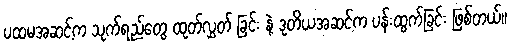
ပထမအဆင့်က သုက်ရည်တွေ ထုတ်လွှတ် ခြင်း နဲ့ ဒုတိယအဆင့်က ပန်းထွက်ခြင်း ဖြစ်တယ်။